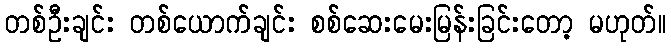
တစ်ဦးချင်း တစ်ယောက်ချင်း စစ်ဆေးမေးမြန်းခြင်းတော့ မဟုတ်။